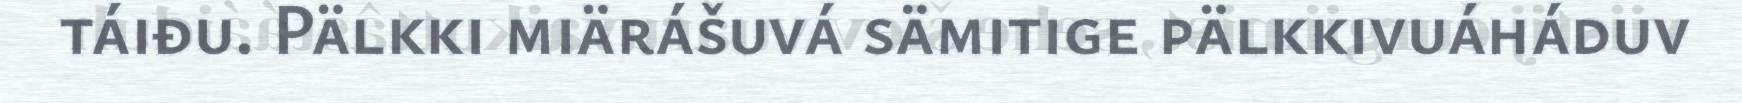
táiđu. Pälkki miärášuvá sämitige pälkkivuáháduv